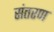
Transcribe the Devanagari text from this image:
संतरण